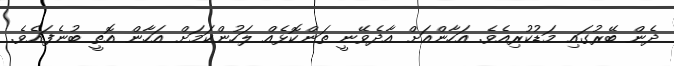
ދެން ބޭރުގައި މަޑުކުރިއެވެ. އަހާންއަށް އާދެވޭނީ ތަންކޮޅެއް ލަހުންކަމަށް އަހާން އޮތީ ބުނެފައެވެ.